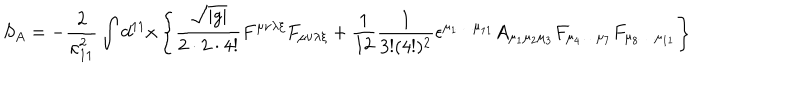
S _ { A } = - \frac { 2 } { \kappa _ { 1 1 } ^ { 2 } } \int d ^ { 1 1 } x \left\{ \frac { \sqrt { | g | } } { 2 \cdot 2 \cdot 4 ! } F ^ { \mu \nu \lambda \xi } F _ { \mu \nu \lambda \xi } + \frac { 1 } { 1 2 } \frac { 1 } { 3 ! ( 4 ! ) ^ { 2 } } \epsilon ^ { \mu _ { 1 } \ldots \mu _ { 1 1 } } A _ { \mu _ { 1 } \mu _ { 2 } \mu _ { 3 } } F _ { \mu _ { 4 } \ldots \mu _ { 7 } } F _ { \mu _ { 8 } \ldots \mu _ { 1 1 } } \right\}